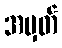
အမှတ်